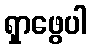
ရှာဖွေပါ